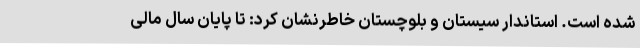
شده است. استاندار سیستان و بلوچستان خاطرنشان کرد: تا پایان سال مالی